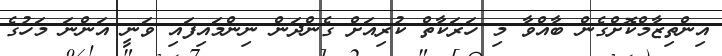
އިންތިޒާމްކޮށްގެން ބާއްވާ މި ހަރަކާތް ކުރިއަށް ގެންދަން ނިންމައިފައި ވަނީ އަންނަ މަހުގެ